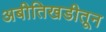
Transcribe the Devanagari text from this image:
अबीतिखडीतून